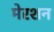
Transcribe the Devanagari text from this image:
मेरशन